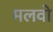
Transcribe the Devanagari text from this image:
मलवो